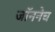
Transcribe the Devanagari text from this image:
जॉननेच